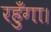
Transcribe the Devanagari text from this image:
रहुँगा।